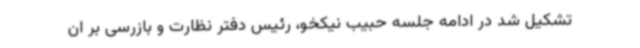
تشکیل شد در ادامه جلسه حبیب نیکخو، رئیس دفتر نظارت و بازرسی بر ان